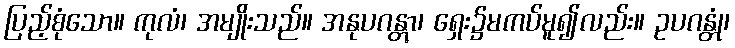
ပြည့်စုံသော။ ကုလံ၊ အမျိုးသည်။ အနုပဂန္တွာ၊ ရှေး၌မကပ်မူ၍လည်း။ ဥပဂန္တုံ၊